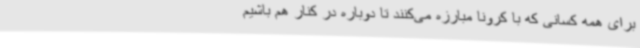
برای همه کسانی که با کرونا مبارزه می‌کنند تا دوباره در کنار هم باشیم